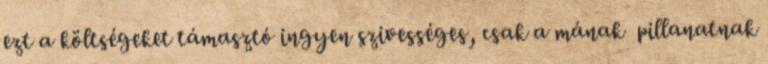
ezt a költségeket támasztó ingyen szivességes, csak a mának pillanatnak